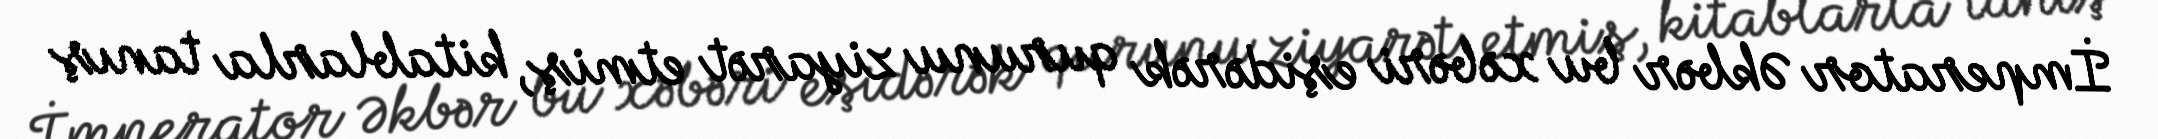
İmperator Əkbər bu xəbəri eşidərək qurunu ziyarət etmiş, kitablarla tanış